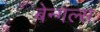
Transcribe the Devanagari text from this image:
बेन्गल्स